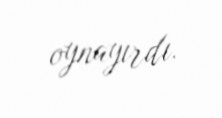
oynayırdı.